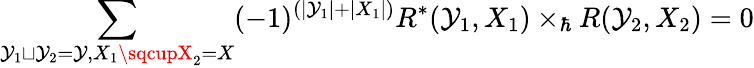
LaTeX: \sum_{\mathcal{Y}_{1}\sqcup\mathcal{Y}_{2}=\mathcal{Y},X_{1}\sqcupX_{2}=X}(-1)^{(|\mathcal{Y}_{1}|+|X_{1}|)}R^{*}(\mathcal{Y}_{1},X_{1})\times_{\hbar}R(\mathcal{Y}_{2},X_{2})=0